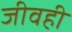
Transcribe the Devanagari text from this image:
जीवही